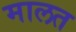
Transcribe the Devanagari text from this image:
मालत